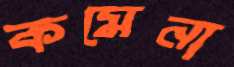
কমেনা